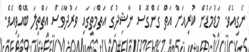
ނެގިއެވެ. މަޑުމަޑުން ކުރިއަށް އަތް ގެންގޮސް ނާޝިދުގެ އަތްމަތީގައި ވަރުދާވެސް އަތްތިލަ ބޭއްވިއެވެ.